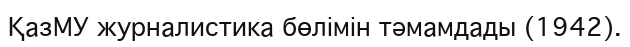
ҚазМУ журналистика бөлімін тәмамдады (1942).